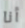
أنا